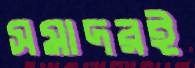
সমাদরই